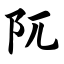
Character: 阢